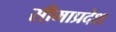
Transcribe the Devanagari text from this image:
सीमाप्रदेश